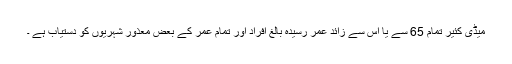
میڈی کئیر تمام 65 سے یا اس سے زائد عمر رسیدہ بالغ افراد اور تمام عمر کے بعض معذور شہریوں کو دستیاب ہے ۔